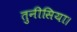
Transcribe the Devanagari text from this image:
तुनीसिया।